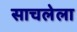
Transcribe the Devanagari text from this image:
साचलेला